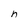
Character: n